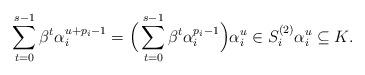
LaTeX: \begin{align*}\sum_{t=0}^{s - 1}\beta^t \alpha_i^{u+p_i-1}= \Big( \sum_{t=0}^{s - 1}\beta^t \alpha_i^{p_i-1} \Big) \alpha_i^u\in S_i^{(2)} \alpha_i^u \subseteq K.\end{align*}